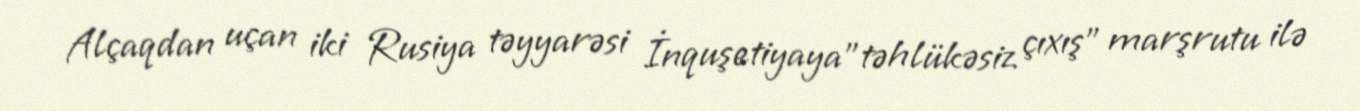
Alçaqdan uçan iki Rusiya təyyarəsi İnquşetiyaya"təhlükəsiz çıxış" marşrutu ilə